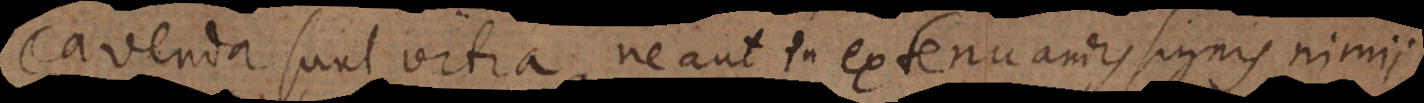
cavenda sunt vitia, ne aut in extenuandis signis nimii,